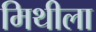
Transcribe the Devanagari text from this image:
मिथीला